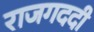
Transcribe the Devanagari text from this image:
राजगददी